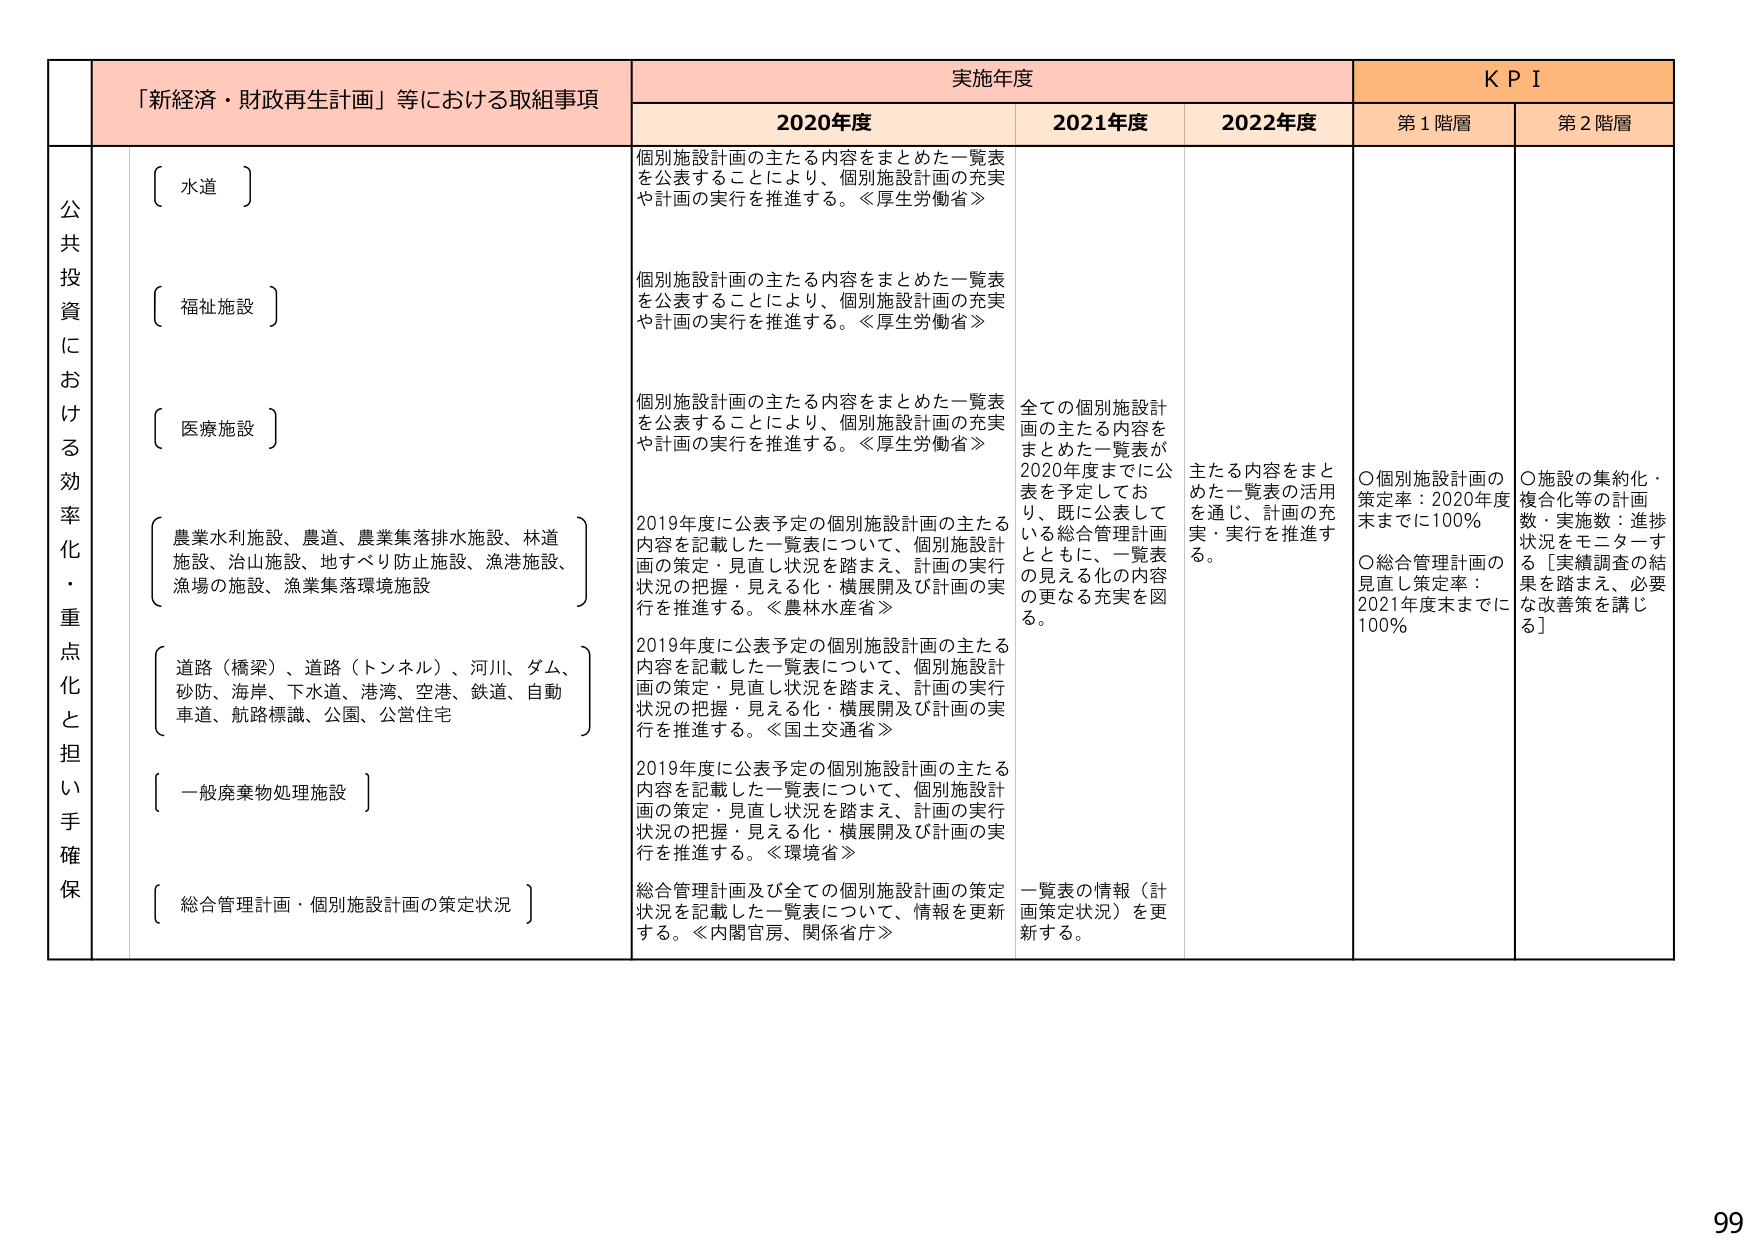
「新経済・財政再生計画」等における取組事項

実施年度

KPI

2020年度

2021年度

2022年度

第1階層

第2階層

公共投資における効率化・重点化と担い手確保

〔 水道 〕

個別施設計画の主たる内容をまとめた一覧表を公表することにより、個別施設計画の充実や計画の実行を推進する。≪厚生労働省≫

〔 福祉施設 〕

個別施設計画の主たる内容をまとめた一覧表を公表することにより、個別施設計画の充実や計画の実行を推進する。≪厚生労働省≫

〔 医療施設 〕

個別施設計画の主たる内容をまとめた一覧表を公表することにより、個別施設計画の充実や計画の実行を推進する。≪厚生労働省≫

〔 農業水利施設、農道、農業集落排水施設、林道施設、治山施設、地すべり防止施設、漁港施設、漁場の施設、漁業集落環境施設 〕

2019年度に公表予定の個別施設計画の主たる内容を記載した一覧表について、個別施設計画の策定・見直し状況を踏まえ、計画の実行状況の把握・見える化・横展開及び計画の実行を推進する。≪農林水産省≫

〔 道路（橋梁）、道路（トンネル）、河川、ダム、砂防、海岸、下水道、港湾、空港、鉄道、自動車道、航路標識、公園、公営住宅 〕

2019年度に公表予定の個別施設計画の主たる内容を記載した一覧表について、個別施設計画の策定・見直し状況を踏まえ、計画の実行状況の把握・見える化・横展開及び計画の実行を推進する。≪国土交通省≫

〔 一般廃棄物処理施設 〕

2019年度に公表予定の個別施設計画の主たる内容を記載した一覧表について、個別施設計画の策定・見直し状況を踏まえ、計画の実行状況の把握・見える化・横展開及び計画の実行を推進する。≪環境省≫

〔 総合管理計画・個別施設計画の策定状況 〕

総合管理計画及び全ての個別施設計画の策定状況を記載した一覧表について、情報を更新する。≪内閣官房、関係省庁≫

全ての個別施設計画の主たる内容をまとめた一覧表を2020年度末までに公表を予定しており、既に公表している総合管理計画とともに、一覧表の見える化の内容の更なる充実を図る。

主たる内容をまとめた一覧表の活用を通じ、計画の充実・実行を推進する。

〇個別施設計画の策定率：2020年度末までに100％
〇総合管理計画の見直し策定率：2021年度末までに100％

〇施設の集約化・複合化等の計画数・実施数：進捗状況をモニターする［実績調査の結果を踏まえ、必要な改善策を講じる］

一覧表の情報（計画策定状況）を更新する。

99